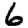
Digit: 6